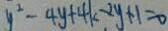
y ^ { 2 } - 4 y + 4 k - 2 y + 1 = 0